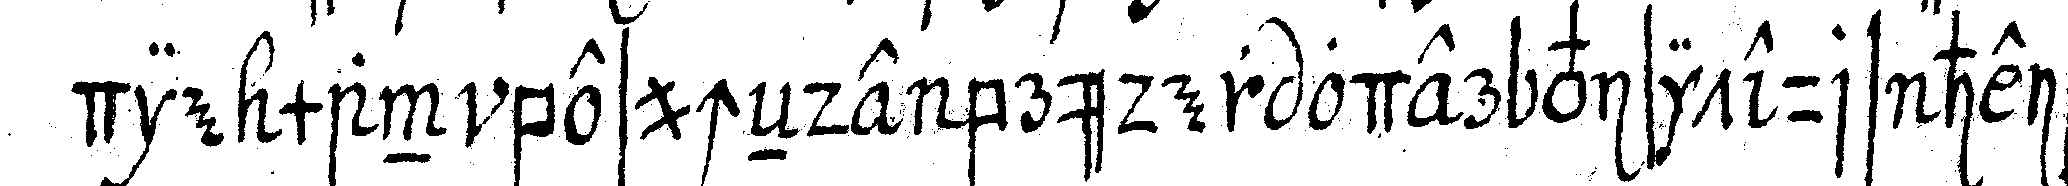
die man besucheNde brüder oder visiteurs heisst